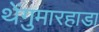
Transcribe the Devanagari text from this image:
थेंगुमारहाडा